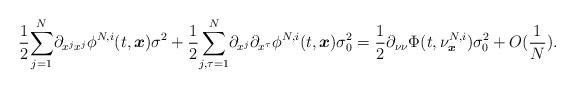
LaTeX: \begin{align*}\frac{1}{2}\underset{j=1}{\overset{N}{\sum}}\partial_{x^jx^j}\phi^{N,i}(t,\boldsymbol{x})\sigma^2+\frac{1}{2}\underset{j,\tau=1}{\overset{N}{\sum}}\partial_{x^j}\partial_{x^\tau}\phi^{N,i}(t,\boldsymbol{x})\sigma_0^2=\frac{1}{2}\partial_{\nu\nu}\Phi(t,\nu^{N,i}_{\boldsymbol{x}})\sigma_0^2+O(\frac{1}{N}).\end{align*}